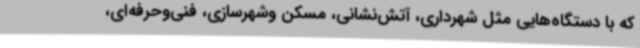
که با دستگاه‌هایی مثل شهرداری، آتش‌نشانی، مسکن وشهرسازی، فنی‌وحرفه‌ای،